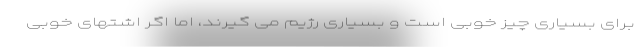
برای بسیاری چیز خوبی است و بسیاری رژیم می گیرند، اما اگر اشتهای خوبی